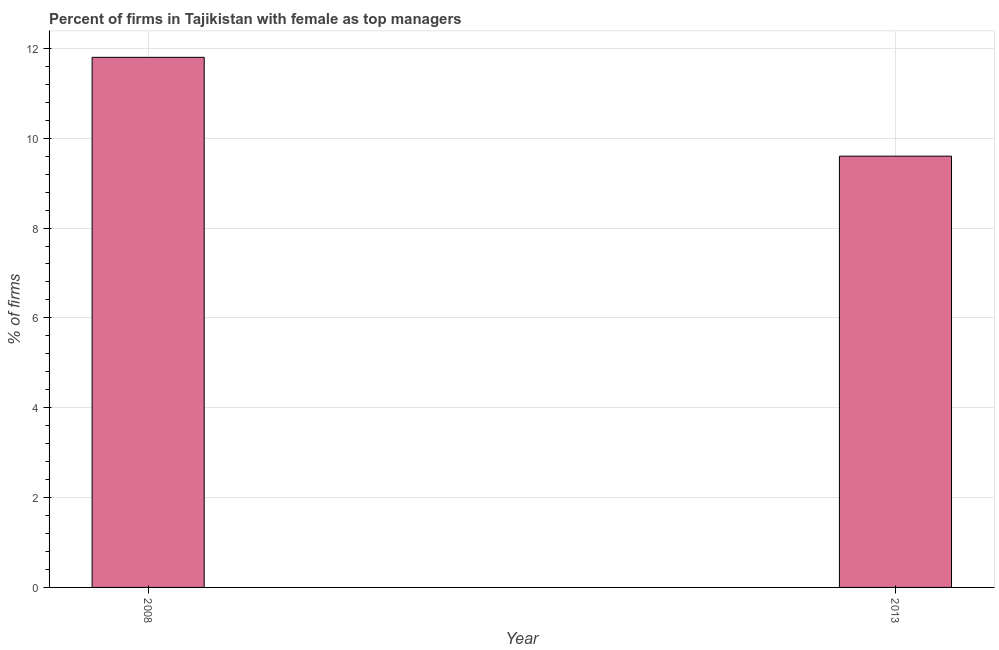
| Year | Firms with female top manager |
 | --- | --- |
 | 2008 | 11.8 |
 | 2013 | 9.6 |